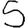
Digit: 5